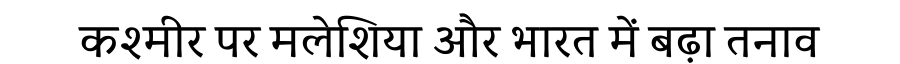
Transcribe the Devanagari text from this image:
कश्मीर पर मलेशिया और भारत में बढ़ा तनाव